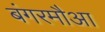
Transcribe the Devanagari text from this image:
बंगरमौआ